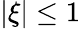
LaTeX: |\xi|\leq 1